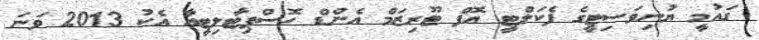
ގައުމީ ޔުނިވަސިޓީގެ ފެކަލްޓީ އޮފް ޓޫރިޒަމް އެންޑް ހޮސްޕިޓާލިޓީއާ އެކު 2013 ވަނަ